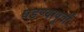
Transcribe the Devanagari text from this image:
घडण्यापूर्वी